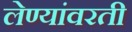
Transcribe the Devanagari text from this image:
लेण्यांवरती